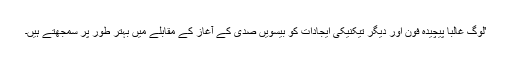
'لوگ غالباً پیچیدہ فون اور دیگر تیکنیکی ایجادات کو بیسویں صدی کے آغاز کے مقابلے میں بہتر طور پر سمجھتے ہیں۔